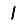
Digit: 1